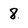
Character: 8